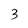
Character: 3